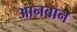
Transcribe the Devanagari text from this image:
आनबान